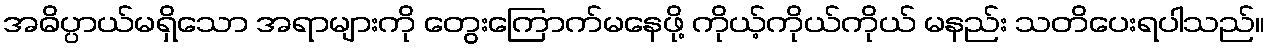
အဓိပ္ပာယ်မရှိသော အရာများကို တွေးကြောက်မနေဖို့ ကိုယ့်ကိုယ်ကိုယ် မနည်း သတိပေးရပါသည်။